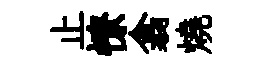
止憭翕燒